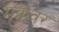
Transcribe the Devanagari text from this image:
मक्केवर